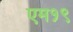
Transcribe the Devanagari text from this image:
एम१९